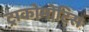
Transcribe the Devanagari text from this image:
ट्राकोमोटिस